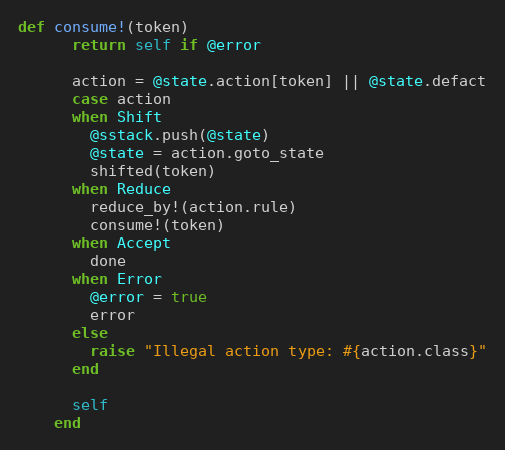
Language: Ruby
def consume!(token)
      return self if @error

      action = @state.action[token] || @state.defact
      case action
      when Shift
        @sstack.push(@state)
        @state = action.goto_state
        shifted(token)
      when Reduce
        reduce_by!(action.rule)
        consume!(token)
      when Accept
        done
      when Error
        @error = true
        error
      else
        raise "Illegal action type: #{action.class}"
      end

      self
    end